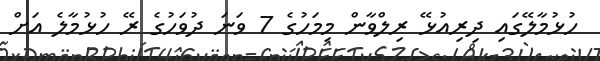
ހުޅުމާލޭގައި ދިރިއުޅޭ ރިލްވާން މިމަހުގެ 7 ވަނަ ދުވަހުގެ ރޭ ހުޅުމާލެ އަށް